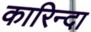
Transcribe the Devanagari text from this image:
कारिन्दा